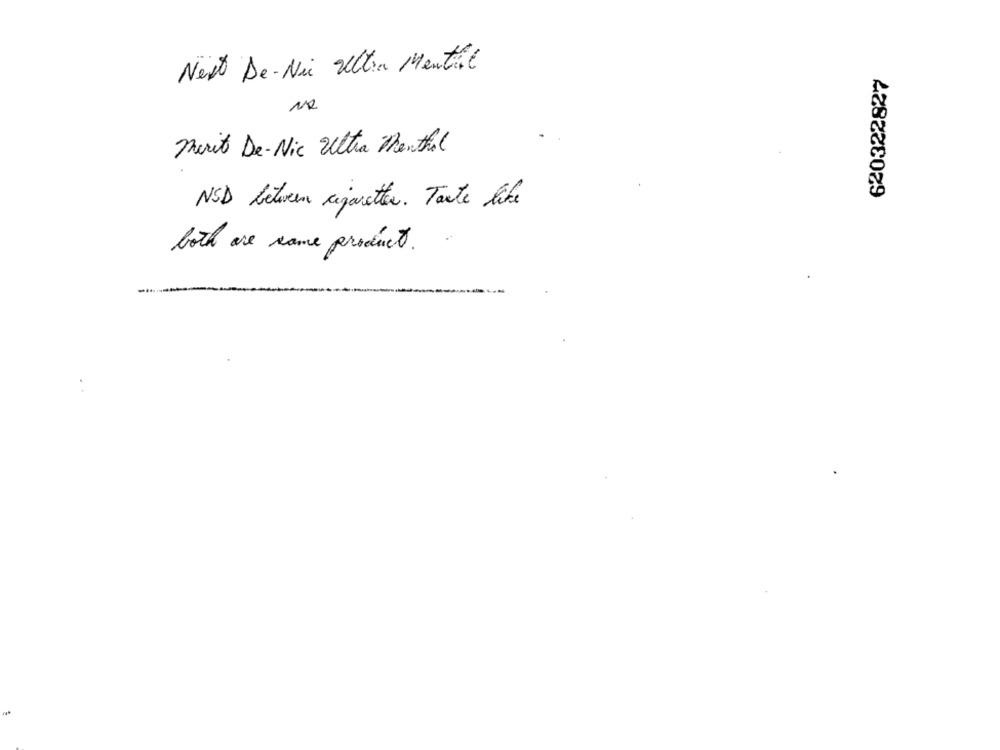
Next De-Nie Ultra Menthe
620322827
Merit De-Nic Ultra Menthal
NSD between cigaretter. Taste like
both are name product .